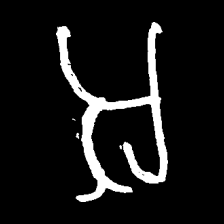
Pyu character \u2014 Myanmar letter: အ (romanized: a)